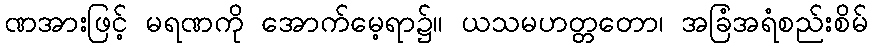
ဏအားဖြင့် မရဏကို အောက်မေ့ရာ၌။ ယသမဟတ္တတော၊ အခြံအရံစည်းစိမ်